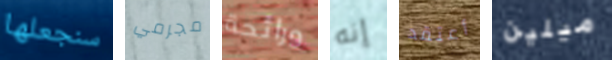
سنجعلها مجرمي ورائحة إنه أعتقد ميلين